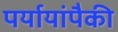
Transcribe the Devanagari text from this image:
पर्यायांपैकी